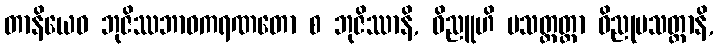
တာနိယေဝ ဘုဇိဿဘာဝကရဏတော စ ဘုဇိဿာနိ, ဝိညူဟိ ပသတ္ထတ္တာ ဝိညုပသတ္ထာနိ,